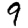
Digit: 9